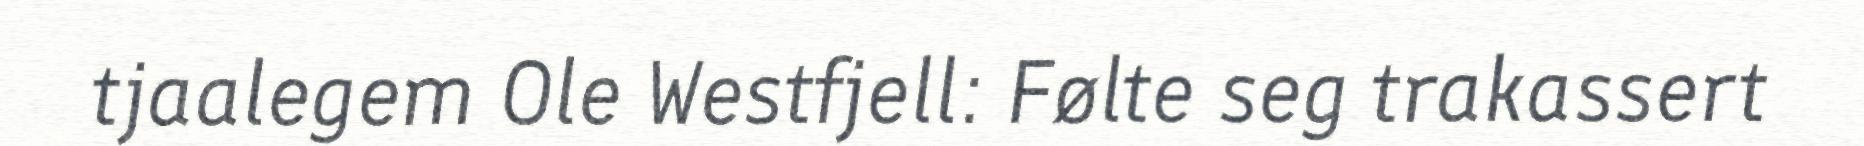
tjaalegem Ole Westfjell: Følte seg trakassert